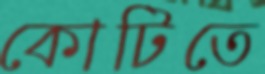
কোটিতে